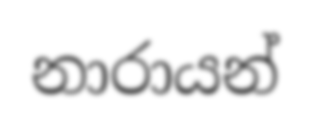
නාරායන්